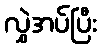
လွှဲအပ်ပြီး